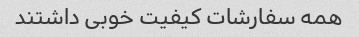
همه سفارشات کیفیت خوبی داشتند